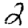
Digit: 2